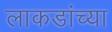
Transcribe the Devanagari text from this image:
लाकडांच्या